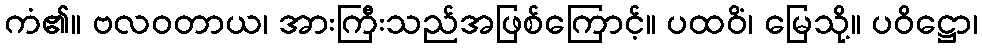
ကံ၏။ ဗလဝတာယ၊ အားကြီးသည်အဖြစ်ကြောင့်။ ပထဝိံ၊ မြေသို့။ ပဝိဋ္ဌော၊